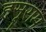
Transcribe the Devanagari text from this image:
हसूराम